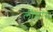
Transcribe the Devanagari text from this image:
लीमोस